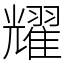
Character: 耀